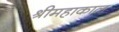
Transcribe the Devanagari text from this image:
श्रीमहाकाल